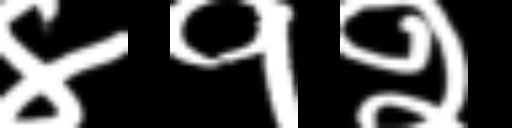
Text: ४१२